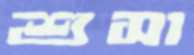
শুসা